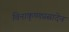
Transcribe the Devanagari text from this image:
विनाकृष्णप्रसादेन